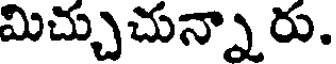
మిచ్చుచున్నా రు.